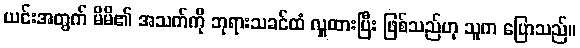
ယင်းအတွက် မိမိ၏ အသက်ကို ဘုရားသခင်ထံ လှူထားပြီး ဖြစ်သည်ဟု သူက ပြောသည်။